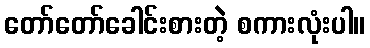
တော်တော်ခေါင်းစားတဲ့ စကားလုံးပါ။